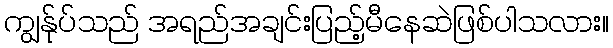
ကျွန်ုပ်သည် အရည်အချင်းပြည့်မီနေဆဲဖြစ်ပါသလား။